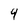
Character: 4